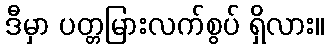
ဒီမှာ ပတ္တမြားလက်စွပ် ရှိလား။